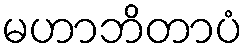
မဟာဘိတာပံ